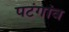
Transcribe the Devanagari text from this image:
पटंगांव